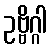
ဥဗ္ဗိဂ္ဂါ